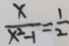
\frac { x } { x ^ { 2 } - 1 } = \frac { 1 } { 2 }